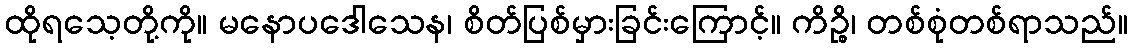
ထိုရသေ့တို့ကို။ မနောပဒေါသေန၊ စိတ်ပြစ်မှားခြင်းကြောင့်။ ကိဉ္စိ၊ တစ်စုံတစ်ရာသည်။